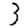
Digit: 3